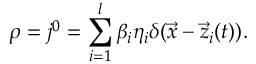
\rho = j ^ { 0 } = \sum _ { i = 1 } ^ { l } \beta _ { i } \eta _ { i } \delta ( \vec { x } - \vec { z } _ { i } ( t ) ) .